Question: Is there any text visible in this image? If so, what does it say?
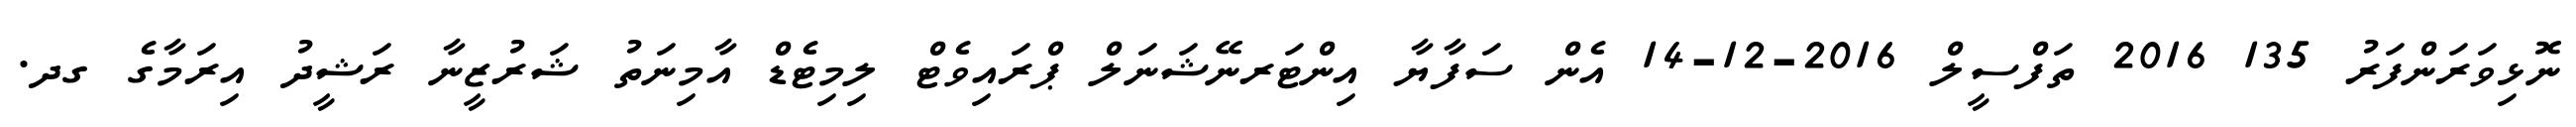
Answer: ނޮޅިވަރަންފަރު 135 2016 ތަފްސީލް 2016-12-14 އެން ސަފާޔާ އިންޓަރނޭޝަނަލް ޕްރައިވެޓް ލިމިޓެޑް އާމިނަތު ޝަރުޒީނާ ރަޝީދު އިރަމާގެ ގދ.